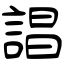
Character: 誯